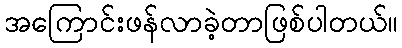
အကြောင်းဖန်လာခဲ့တာဖြစ်ပါတယ်။